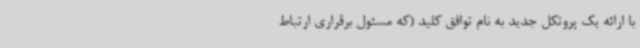
با ارائه یک پروتکل جدید به نام توافق کلید (که مسئول برقراری ارتباط